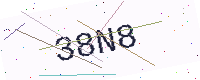
Text: 38N8